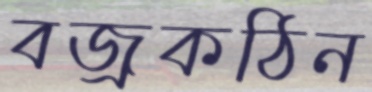
বজ্রকঠিন